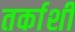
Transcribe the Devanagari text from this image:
तर्काशी